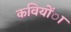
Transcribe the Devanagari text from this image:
कवियोंा